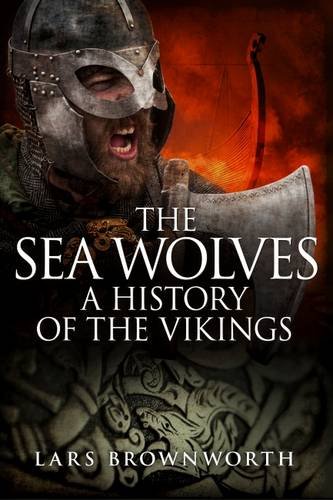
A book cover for The Sea Wolves: A History of the Vikings; Lars Brownworth; History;